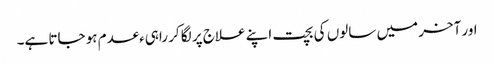
اور آخر میں سالوں کی بچت اپنے علاج پر لگا کر راہیءعدم ہو جاتا ہے۔